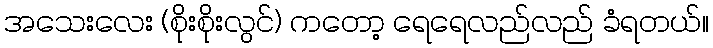
အသေးလေး (စိုးစိုးလွင်) ကတော့ ရေရေလည်လည် ခံရတယ်။